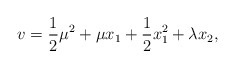
\begin{align*}v = \frac{1}{2}\mu^2 + \mu x_1 + \frac{1}{2}x_1^2 + \lambda x_2,\end{align*}